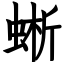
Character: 蜥